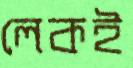
লেকই